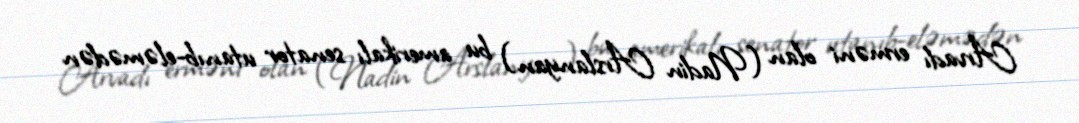
Arvadı erməni olan (Nadin Arslanyan) bu amerikalı senator utanıb-eləmədən